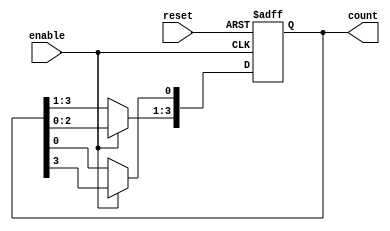
module asynchronous_ring_counter #(parameter N = 4) (
    input wire reset,         // Asynchronous reset signal
    input wire enable,       // Enable signal to control the counter
    output reg [N-1:0] count // Output count state
);

    // Internal signal for the next state
    reg [N-1:0] next_count;

    always @(*) begin
        // Default next state is the current count
        next_count = count;

        // If enable is high, shift the '1' to the next flip-flop
        if (enable) begin
            next_count = {count[N-2:0], count[N-1]};
            next_count[0] = count[N-1]; // Wrap around to the first bit
        end
    end

    // Always block for asynchronous reset and state update
    always @(posedge reset or posedge enable) begin
        if (reset) begin
            count <= 1'b1; // Initialize to 0001
        end else begin
            count <= next_count; // Update the count state
        end
    end

endmodule